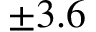
\pm 3 . 6